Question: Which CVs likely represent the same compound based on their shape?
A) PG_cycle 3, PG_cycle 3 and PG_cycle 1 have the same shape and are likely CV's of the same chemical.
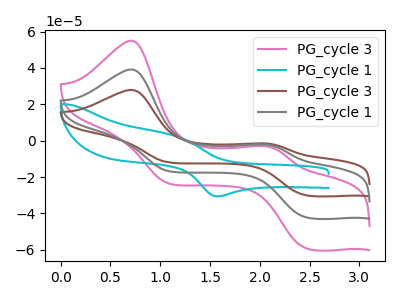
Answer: <think>The pink curve "PG_cycle 3" has anodic peaks at (0.70V, 78.35uA) (2.05V, -4.25uA) and cathodic peaks at (2.45V, -84.35uA) (1.10V, -33.45uA). The cyan curve "PG_cycle 1" has an anodic peak at (1.20V, 1.70uA) and a cathodic peak at (1.55V, -30.55uA). The brown curve "PG_cycle 3" has anodic peaks at (0.70V, 27.90uA) (2.05V, -1.50uA) and cathodic peaks at (2.45V, -30.05uA) (1.10V, -11.90uA). The gray curve "PG_cycle 1" has anodic peaks at (0.70V, 39.20uA) (2.05V, -2.15uA) and cathodic peaks at (2.45V, -42.15uA) (1.10V, -16.70uA).
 "PG_cycle 3" and "PG_cycle 1" have a different number of peaks. All the peaks in "PG_cycle 3" have a peak in "PG_cycle 3" at the same potential. All the peaks in "PG_cycle 3" have a peak in "PG_cycle 1" at the same potential. "PG_cycle 1" and "PG_cycle 3" have a different number of peaks. "PG_cycle 1" and "PG_cycle 1" have a different number of peaks. All the peaks in "PG_cycle 3" have a peak in "PG_cycle 1" at the same potential.</think>
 <answer>A) "PG_cycle 3", "PG_cycle 3" and "PG_cycle 1" have the same shape and are likely CV's of the same chemical.</answer>
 <eval>A</eval>